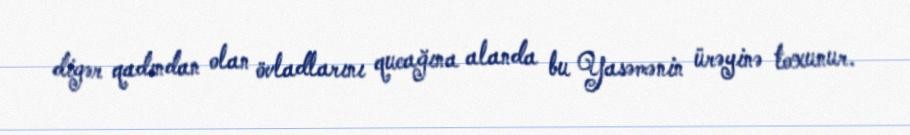
digər qadından olan övladlarını qucağına alanda bu Yasəmənin ürəyinə toxunur.